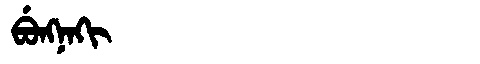
Manchu: ᠪᡠᠩᠨᠠᡴᡳ
Romanization: BUNGNAKI